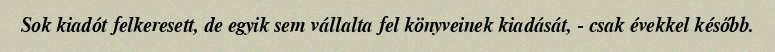
Sok kiadót felkeresett, de egyik sem vállalta fel könyveinek kiadását, - csak évekkel később.